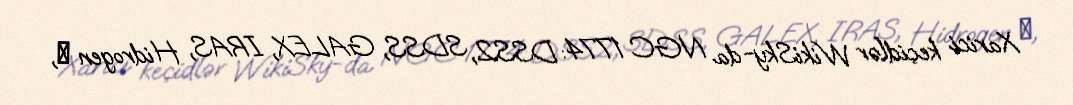
Xarici keçidlər WikiSky-da NGC 1774: DSS2, SDSS, GALEX, IRAS, Hidrogen α,